King Institute of Preventive Medicine Micro-Biological Section reports 1912-19
Year: 1912
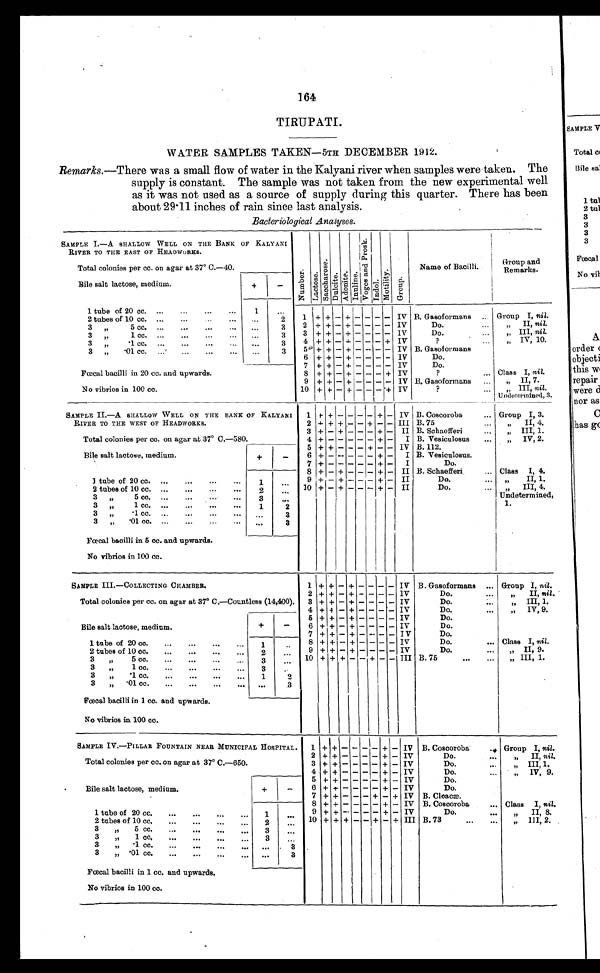
164
TIRUPATI.
WATER SAMPLES TAKEN—5TH DECEMBER 1912.
Remarks .—There was a small flow of water in the Kalyani river when samples were taken. The
supply is constant. The sample was not taken from the new experimental well
as it was not used as a source of supply during this quarter. There has been
about 29.11 inches of rain since last analysis.
Bacteriological Analyses.
SAMPLE I.—A SHALLOW WELL ON THE BANK OF KALYANI
N u m b e r .
Lact oae.
S a c c h a r o s e .
D u l c i t e . Adoni t e .
I n u l i n e .
V o g e s a n d P r o s k .
Indol .
M o t a l i t y . Gr oup.
Name of Bacilli.
Group and
Remarks.
RIVER TO THE EAST OF HEADWORKS.
Total colonies per cc. on agar at 37° C.—40.
Bile salt lactose, medium.
+
-
1 tube of 20 cc.
...
...
...
...
1
. . .
1 + + - + - - - - IV B. Gasoformans
Group I, nil.
2 tubes of 10 cc.
...
...
...
. . .
2
3 „
5 cc.
...
...
...
...
. . .
3
2 + + - + - - - - IV
Do.
. . .
„ II, nil.
3 „
1 cc. ...
...
...
. . .
3
3 + + - + - - - - IV
Do.
. . .
„ III, nil.
3 „ .
1 cc. ...
...
...
. . .
3
4 + + - - - - - + IV
?
. . . „ IV, 10.
3 „ .01 cc.
,, ... ... ...
. . .
3
5 + + - + - - - - IV B. Gasoformans
6 + + - + - -
- - IV
Do.
Fœcal bacilli in 20 cc. and upwards.
7 + + - + - - - - IV
Do.
8 + + - + - - - + IV
?
. . . Class I, nil.
9 + + - + - - - - IV B. Gasoformans
. . .
„
II, 7.
No vibrios in 100 cc.
10 + + - + - - - + IV
?
III, nil
. 1U
n d e t e r m i n e d ,3
.
SAMPLE II.—A SHALLOW WELL ON THE BANK OF KALYANI
RIVER TO THE WEST OF HEADWORKS.
1
+ +
- - - - +
IV B. Coscoroba
... Group I, 3.
2 + + + - - + - - III B. 75...
„ II, 4.
Total colonies per cc. on agar at 37° C.—580.
3 + - + - - - + - II B. Schaefferi
...
„
III, 1.
4 + - - - - - + - I B. Vesiculosus ...
„
IV, 2.
Bile salt lactose, medium.
+
_
5 + + - - - +
- IV B.112.
6 + - - - - - + - I B. Vesiculosus.
7
+ - - - - - + - I
Do.
8 + - + - - - + - II B. Schaefferi,
... Class
I, 4.
1 tube of 20 cc. ...
...
...
. . . 1
. . .
9 + - + - -.- + - II
Do.
„ I I , 1 .
2 tubes of 10 cc. ...
..
. . . 2
. . . 10 + - + - - - + - II
Do.
„ I I I , 4 .
3 „
5 cc. ...
...
..
. . . 3
. . . .
U n d e t e r m i n e d , 1 .
3 „
1 cc. ...
...
. . . .
. . . 1
2
3 „ .1 cc. ...
..
...
. . .
3
3 „ .01 cc. ...
. . .
. . . 3
Fœcal bacilli in 5 cc. and upwards.
No vibrios in 100 cc.
SAMPLE III.—COLLECTING CHAMBER.
1 + + - + - - - - IV B. Gasoformans
. . . Group I, nil.
Total colonies per cc. on agar at 37° C.—Countless (14,400).
2 + + - + - - - - IV
Do
„ II, nil .
3 + + - + - - - - IV
D o .
„ I I I 1
4 + + - + - - - - IV
Do.
... „ IV, 9.
Bile salt lactose, medium.
+
-
5 + + - + - - - - IV
Do.
6 + + - + - - - - IV
Do.
7 + + - + - - - - IV
Do.
1 tube of 20 cc.
...
...
...
. . .
1
. . . 8 + + - + - - - - IV
Do.
Class I, nil.
9 + + - + - - - - IV
Do.
... „ II, 9.
2 tubes of 10 cc.
...
...
. . . 2
. . .
3 „ 5 cc.
...
. . . ....
3
. . . 10 +
+
+ - - + - - III B. 75
. . . „ III, 1.
3 „ 1 cc.
...
..
. . . 3
.
3 „ . 1 cc.
...
...
-
. . . 1
2
3 „ .01 cc.
...
...
. . . . . .
3
Fœcal bacilli in 1 cc. and upwards.
No vibrios in 100 cc.
SAMPLE IV.—PILLAR FOUNTAIN NEAR MUNICIPAL HOSPITAL.
1 +
+ - -
- - +
- IV B. Coscoroba
.
Group I, nil.
Total colonies per cc. on agar at 37° C.—650.
2 + + - - - - + - IV
Do.
. . .
„ II, nil.
3 + + - - - - + - IV
Do.
. . . „ III, 1.
4 + + - - - - + - IV
Do.
. . .
„ IV, 9.
Bile salt lactose, medium.
+
-
5 + + - - - - + - IV
Do.
6 + + - - - - + - IV
Do.
7 + + - - - + - + IV B. Cloacæ.
8 + + - - - - + - IV B. Coscoroba
. . . Class I, nil.
1 tube of 20 cc.
...
. . . ...
1
. . . 9 + + - - - - + - IV
Do.
. . . .
„ II 8.
2 tubes of 10 cc.
...
...
...
. . .
2
. . .
10 + + + - - + - + III B. 73
. . . ...
„ III, 2.
3 „ 5 cc.
...
...
...
. . . 3
. . .
3 „ 1 cc.
...
...
. . . 3
. . .
3 „ .1 cc.
...
...
. . .
. . .
3
3 „ .01 cc.
...
...
...
. . . . . .
3
Fœcal bacilli in 1 cc. and upwards.
No vibrios in 100 cc.